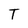
Character: T